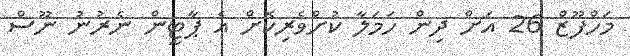
މަހްފޫޒް 26 އަށް ދިން ހަމަލާ ކުށްވެރިކޮށް އެ ޕާޓީން ނެރުނު ނޫސް